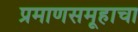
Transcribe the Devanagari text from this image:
प्रमाणसमूहाचा